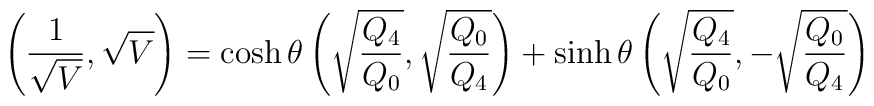
\left({1\over\sqrt{V}},\sqrt{V}\right)=\cosh\theta \left(\sqrt{Q_4\over Q_0},\sqrt{Q_0\over Q_4}\right)+\sinh\theta \left(\sqrt{Q_4\over Q_0},-\sqrt{Q_0\over Q_4}\right)